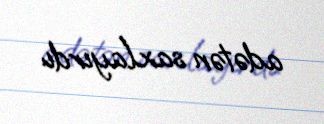
adətən saxlayırdı.